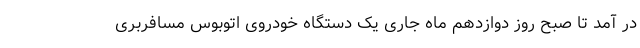
در آمد تا صبح روز دوازدهم ماه جاری یک دستگاه خودروی اتوبوس مسافربری